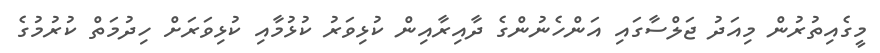
މީގެއިތުރުން މިއަދު ޖަލްސާގައި އަންހެނުންގެ ދާއިރާއިން ކުޅިވަރު ކުޅުމާއި ކުޅިވަރަށް ހިދުމަތް ކުރުމުގެ